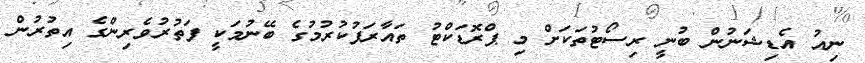
ނިއު އެޑިޝަނުން ބުނީ ރިސޯޓުތަކަށް މި ޕްރޮޑަކްޓު ތައާރަފުކުރުމުގެ ބޭނުމަކީ ފަތުރުވެރިންގެ އިތުރުން